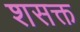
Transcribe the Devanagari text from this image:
शसक्त